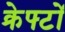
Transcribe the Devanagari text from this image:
क्रेफ्टों